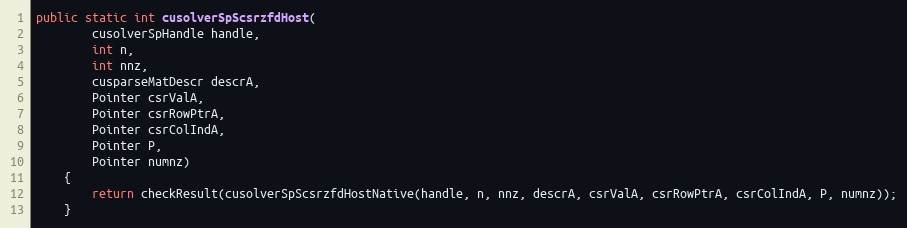
Language: Java
public static int cusolverSpScsrzfdHost(
        cusolverSpHandle handle,
        int n,
        int nnz,
        cusparseMatDescr descrA,
        Pointer csrValA,
        Pointer csrRowPtrA,
        Pointer csrColIndA,
        Pointer P,
        Pointer numnz)
    {
        return checkResult(cusolverSpScsrzfdHostNative(handle, n, nnz, descrA, csrValA, csrRowPtrA, csrColIndA, P, numnz));
    }